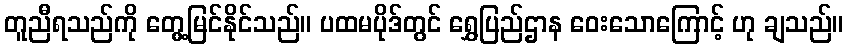
တူညီရသည်ကို တွေ့မြင်နိုင်သည်။ ပထမပိုဒ်တွင် ရွှေပြည်ဌာန ဝေးသောကြောင့် ဟု ချသည်။